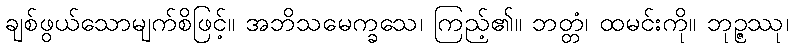
ချစ်ဖွယ်သောမျက်စိဖြင့်။ အဘိသမေက္ခသေ၊ ကြည့်၏။ ဘတ္တံ၊ ထမင်းကို။ ဘုဉ္ဇဿု၊